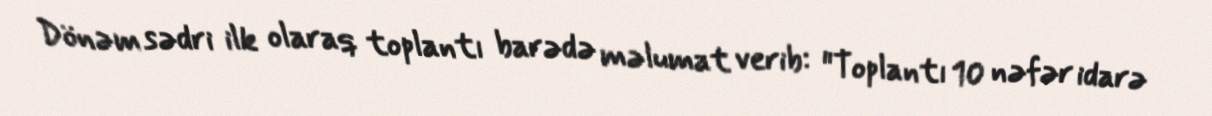
Dönəm sədri ilk olaraq toplantı barədə məlumat verib: "Toplantı 10 nəfər idarə